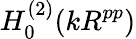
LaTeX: H_{0}^{(2)}(kR^{pp})